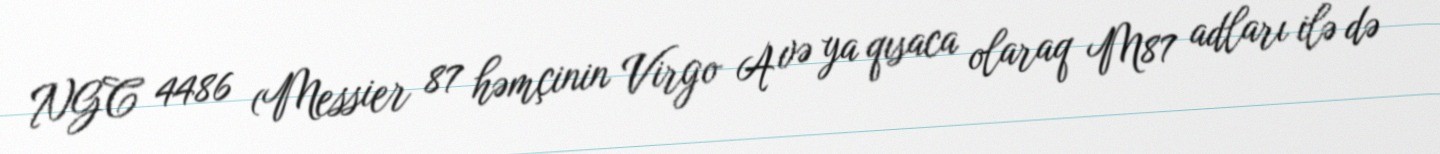
NGC 4486 (Messier 87 həmçinin Virgo A və ya qısaca olaraq M87 adları ilə də